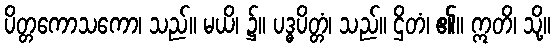
ပိတ္တကောသကော၊ သည်။ မယိ၊ ၌။ ပဒ္ဓပိတ္တံ၊ သည်။ ဌိတံ၊ ၏။ ဣတိ၊ သို့။